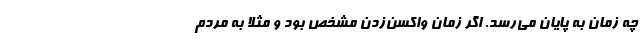
چه زمان به پایان می‌رسد. اگر زمان واکسن‌زدن مشخص بود و مثلا به مردم